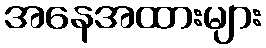
အနေအထားများ